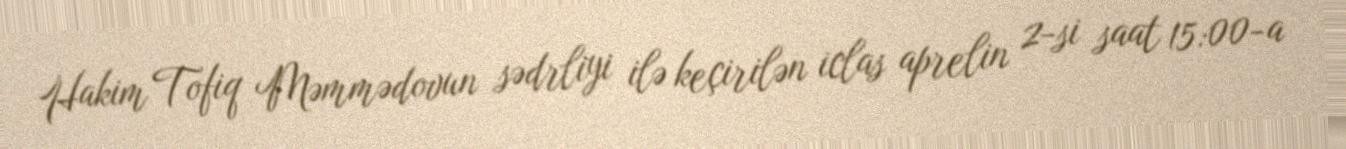
Hakim Tofiq Məmmədovun sədrliyi ilə keçirilən iclas aprelin 2-si saat 15:00-a